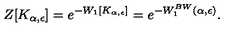
Z [ K _ { \alpha , \epsilon } ] = e ^ { - W _ { 1 } [ K _ { \alpha , \epsilon } ] } = e ^ { - W _ { 1 } ^ { B W } ( \alpha , \epsilon ) } .